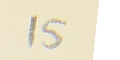
15